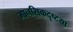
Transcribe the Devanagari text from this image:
मानसिकदृष्टया